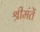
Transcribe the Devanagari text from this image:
श्रीमंतें